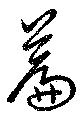
篇